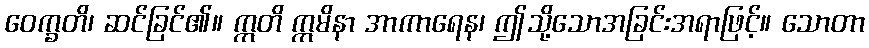
ဝေက္ခတိ၊ ဆင်ခြင်၏။ ဣတိ ဣမိနာ အာကာရေန၊ ဤသို့သောအခြင်းအရာဖြင့်။ သောတာ